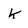
Character: k